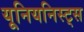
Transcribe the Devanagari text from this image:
यूनियनिस्ट्स